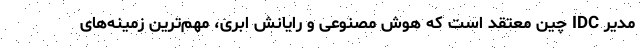
مدیر IDC چین معتقد است که هوش مصنوعی و رایانش ابری، مهم‌ترین زمینه‌های